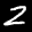
Label: 2